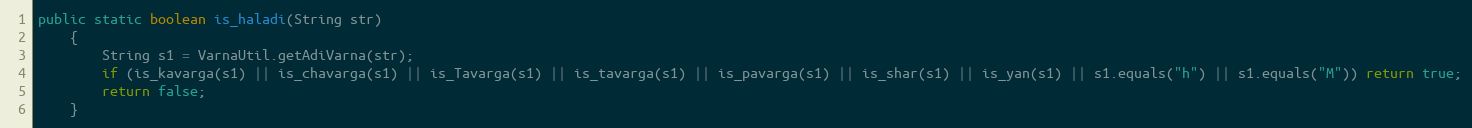
Language: Java
public static boolean is_haladi(String str)
    {
        String s1 = VarnaUtil.getAdiVarna(str);
        if (is_kavarga(s1) || is_chavarga(s1) || is_Tavarga(s1) || is_tavarga(s1) || is_pavarga(s1) || is_shar(s1) || is_yan(s1) || s1.equals("h") || s1.equals("M")) return true;
        return false;
    }